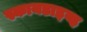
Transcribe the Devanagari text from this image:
स्कायडाइव्ह